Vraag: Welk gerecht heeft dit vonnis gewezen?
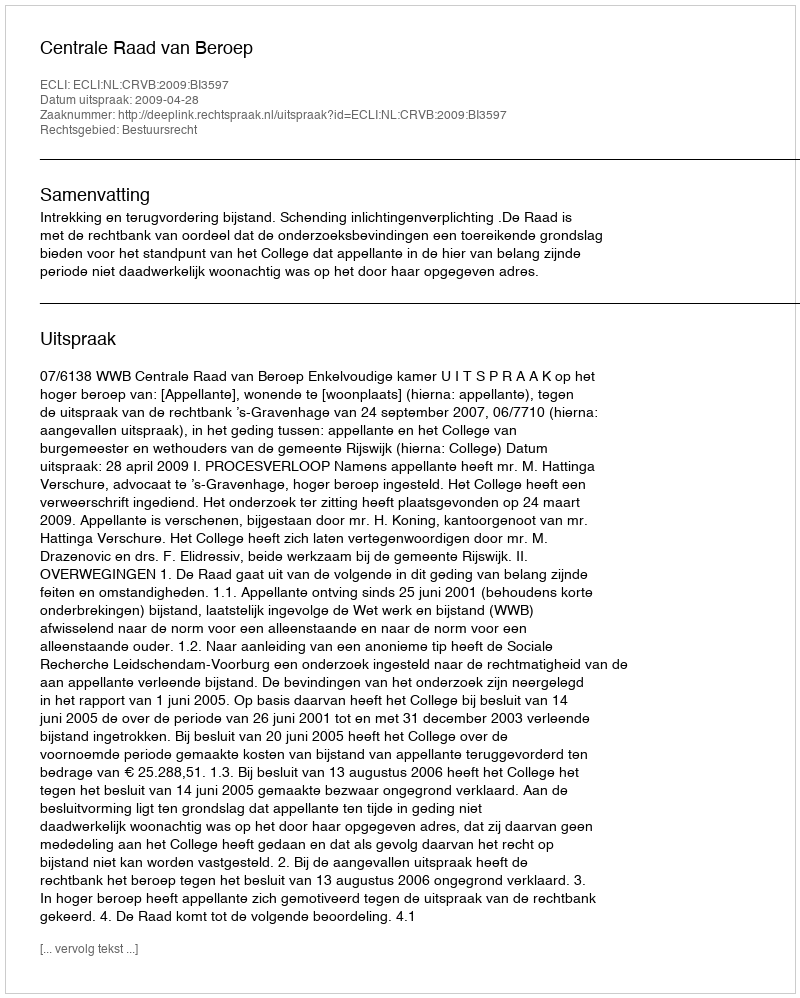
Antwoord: Centrale Raad van Beroep